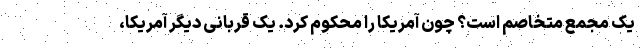
یک مجمع متخاصم است؟ چون آمریکا را محکوم کرد. یک قربانی دیگر آمریکا،